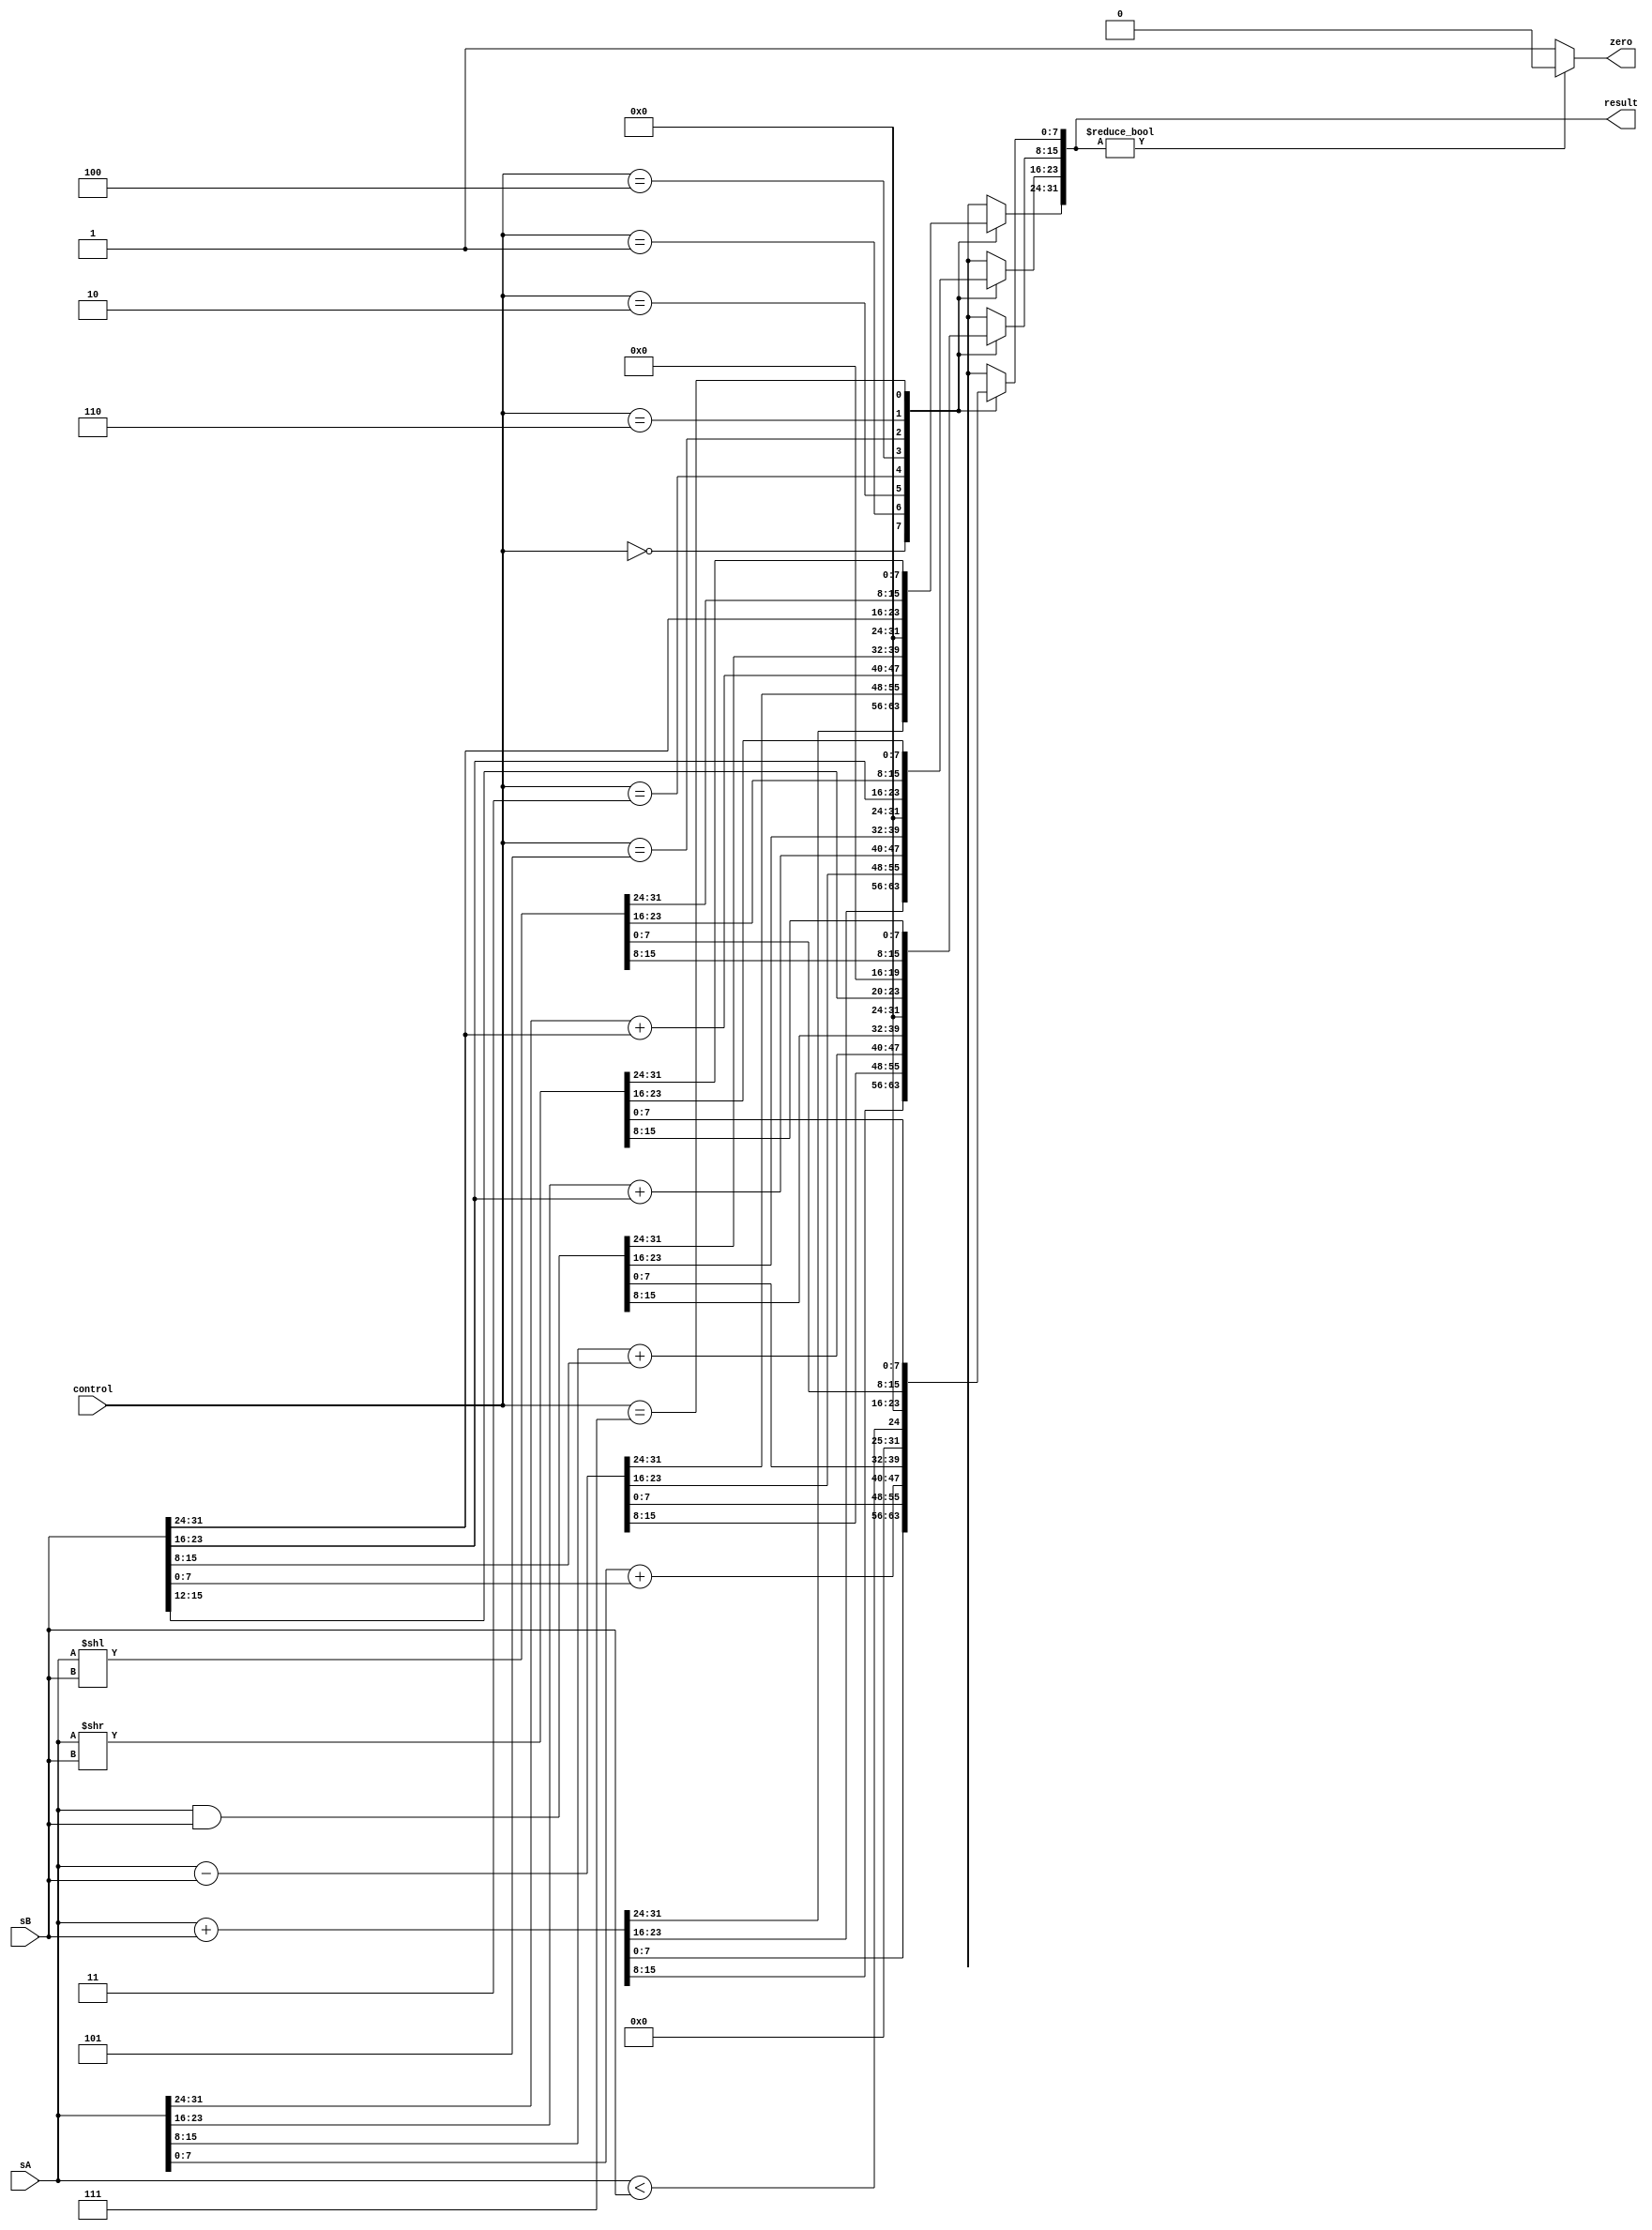
module alu (input [31:0] sA,sB,
            input [2:0] control,
            output reg [31:0] result,
			output reg zero);
			
     always @ (*)
        case(control)
          0: result = sA + sB; //SUM
          1: result = sA - sB; //MINUS
		  2: begin //ADDU.QB SUM
		        result[31:24] =  sA[31:24] +  sB[31:24];
				result[23:16] =  sA[23:16] +  sB[23:16];
			    result[15:8] =  sA[15:8] +  sB[15:8];
				result[7:0] =  sA[7:0] +  sB[7:0];
			 end
		  3: result = sA & sB; //AND
		  4: result = sA < sB; //LESS THAN
		  5: result = {sB[31:12],12'b0000_0000_0000}; //THIS IS FOR LOAD UPPER INMEDIATE
		  6: result = sA << sB; //shift left //fix!
		  7: result = sA >> sB; //shift right //fix!
          default: result = 0;
        endcase
		
      always @ (*)
        if (result) zero = 0; //check if even if the result gives zero (not by branching) it has to give 1 the signal
        else zero  = 1;
endmodule

module test();
  reg [31:0] sA, sB;
  reg [2:0] c;
  wire [31:0] result;
  wire zero,x;
  
  alu alu_test(sA,sB,c,result,zero);
  
  initial begin
    $dumpfile("test");
    $dumpvars;
    sA = 15;
    sB = 7;
    c = 0;
	#10;
	sA = 15;
	sB = 3;
	c = 1;
	#10;
	sA = 10;
	sB = 10;
	c = 1;
	#10;
	sA = 24'b011110101010101010101010;
	sB = 24'b010000010101011110100110;
	c = 2;
	#10;
	c = 3;
	#10;
	c = 4;
	#10;
	c = 5;
	sB = 32'b11111111110000000000000000111111;
	#10;
	c = 6;
	#10;
	c = 7;
    #10 $finish;
  end


  always @(x) $display( "The value of x was changed. Time=%3d, x=%b. Inputs: sA=%b, sB=%b, alu=%b.",$time, x,sA,sB,c);
endmodule